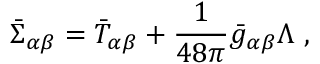
\bar { \Sigma } _ { \alpha \beta } = \bar { T } _ { \alpha \beta } + \frac { 1 } { 4 8 \pi } \bar { g } _ { \alpha \beta } \Lambda ~ ,